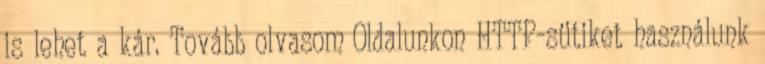
is lehet a kár. Tovább olvasom Oldalunkon HTTP-sütiket használunk